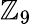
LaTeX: \mathbb{Z}_{9}